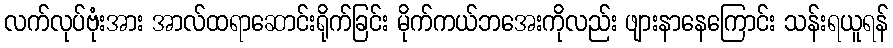
လက်လုပ်ဗုံးအား အာလ်ထရာဆောင်းရိုက်ခြင်း မိုက်ကယ်ဘအေးကိုလည်း ဖျားနာနေကြောင်း သန်းရယူရန်